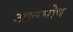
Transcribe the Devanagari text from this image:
अष्वघोष